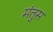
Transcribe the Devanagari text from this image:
मंतुस